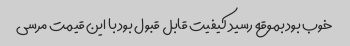
خوب بود بموقع رسید کیفیت قابل قبول بود با این قیمت مرسی